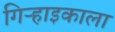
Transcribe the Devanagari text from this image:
गिऱ्हाइकाला